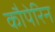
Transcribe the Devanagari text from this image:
कौपेरिन